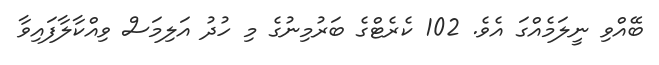
ބޭއްވި ނީލަމެއްގަ އެވެ. 102 ކެރެޓްގެ ބަރުމިނުގެ މި ހުދު އަލިމަސް ވިއްކާލާފައިވާ